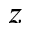
z